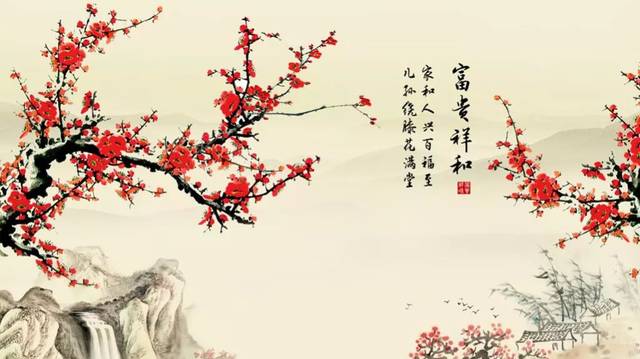
梅须逊雪三分白，雪却输梅一段香。